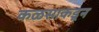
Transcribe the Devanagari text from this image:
कळसाकडून